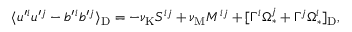
\langle { u ^ { \prime } { } ^ { i } u ^ { \prime } { } ^ { j } - b ^ { \prime } { } ^ { i } b ^ { \prime } { } ^ { j } } \rangle _ { \mathrm { { D } } } = - \nu _ { \mathrm { { K } } } { \cal { S } } ^ { i j } + \nu _ { \mathrm { { M } } } { \cal { M } } ^ { i j } + [ \Gamma ^ { i } \Omega _ { \ast } ^ { j } + \Gamma ^ { j } \Omega _ { \ast } ^ { i } ] _ { \mathrm { { D } } } ,